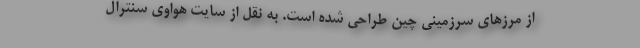
از مرزهای سرزمینی چین طراحی شده است. به نقل از سایت هواوی سنترال